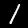
Label: 1